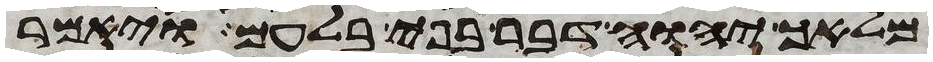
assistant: מלאך יהוה דבר בפי בלעם ויאמר